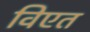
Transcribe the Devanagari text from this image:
विएत